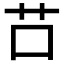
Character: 𦬅